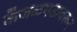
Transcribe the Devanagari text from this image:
केंजळगडावरून